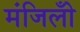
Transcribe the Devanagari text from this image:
मंजिलोँ